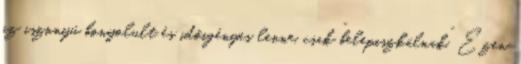
az iszonyú bonyolult és időigényes lenne, csak “belepiszkálnak”. Ezen